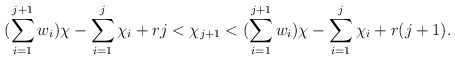
\begin{align*} (\sum\limits_{i=1}^{j+1}w_i)\chi - \sum\limits_{i=1}^{j}\chi_i + rj < \chi_{j+1} < (\sum\limits_{i=1}^{j+1}w_i)\chi - \sum\limits_{i=1}^{j}\chi_i + r(j+1). \end{align*}